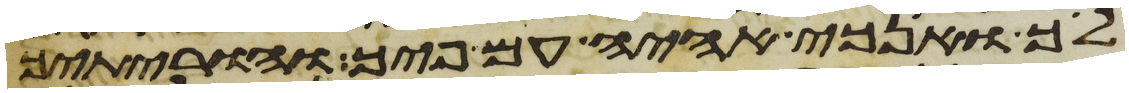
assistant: לך ואנכי אהיה עם פיך והוריתיך